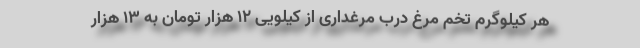
هر کیلوگرم تخم مرغ درب مرغداری از کیلویی ۱۲ هزار تومان به ۱۳ هزار